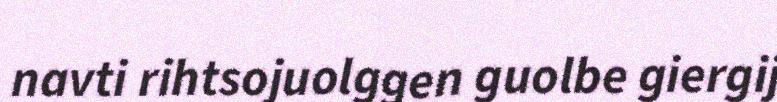
navti rihtsojuolggen guolbe giergij